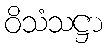
ဝိသံသဋ္ဌာ